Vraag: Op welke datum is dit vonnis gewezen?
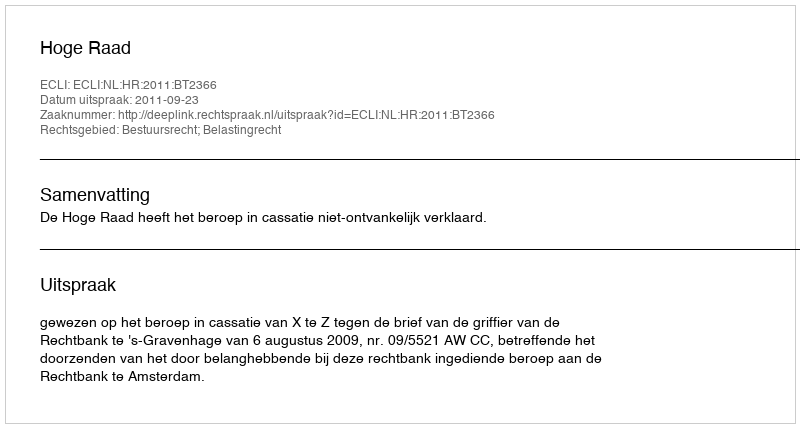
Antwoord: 2011-09-23